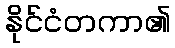
နိုင်ငံတကာ၏